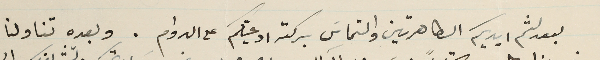
بعد لثم ايديكم الطاهرتين والتماسَ بركة ادعيتكم على الدوام. وبعده تناولنا